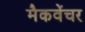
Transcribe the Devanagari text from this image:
मैकवेंचर